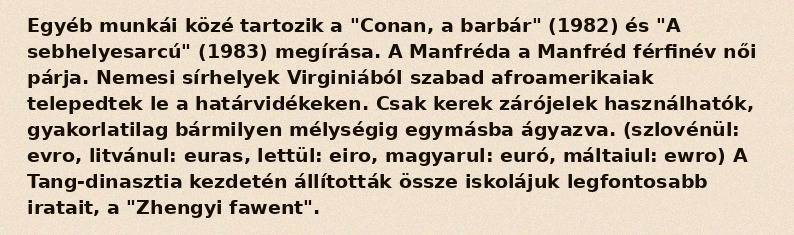
Egyéb munkái közé tartozik a "Conan, a barbár" (1982) és "A sebhelyesarcú" (1983) megírása. A Manfréda a Manfréd férfinév női párja. Nemesi sírhelyek Virginiából szabad afroamerikaiak telepedtek le a határvidékeken. Csak kerek zárójelek használhatók, gyakorlatilag bármilyen mélységig egymásba ágyazva. (szlovénül: evro, litvánul: euras, lettül: eiro, magyarul: euró, máltaiul: ewro) A Tang-dinasztia kezdetén állították össze iskolájuk legfontosabb iratait, a "Zhengyi fawent".